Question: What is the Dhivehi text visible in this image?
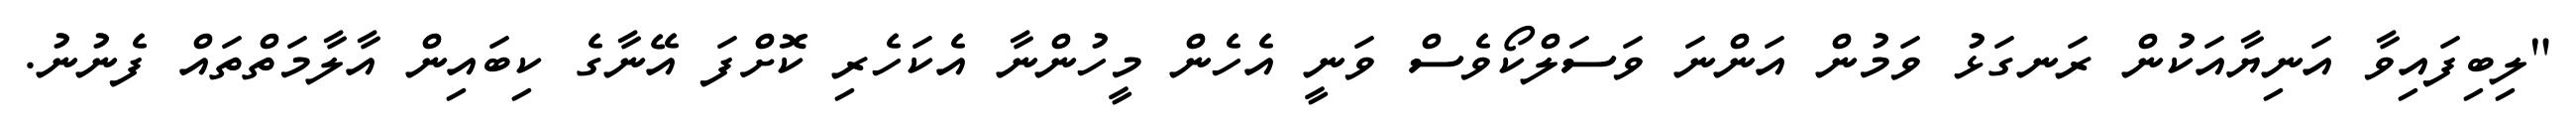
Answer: "ލިބިފައިވާ އަނިޔާއަކުން ރަނގަޅު ވަމުން އަންނަ ވަސަލްކޯވެސް ވަނީ އެހެން މީހުންނާ އެކަހެރި ކޮށްފަ އޭނާގެ ކިބައިން އާލާމަތްތައް ފެނުނު.